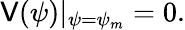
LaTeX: \mathsf{V}(\psi)|_{\psi=\psi_{m}}=0.